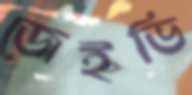
জেইভি